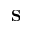
{ \bf S }